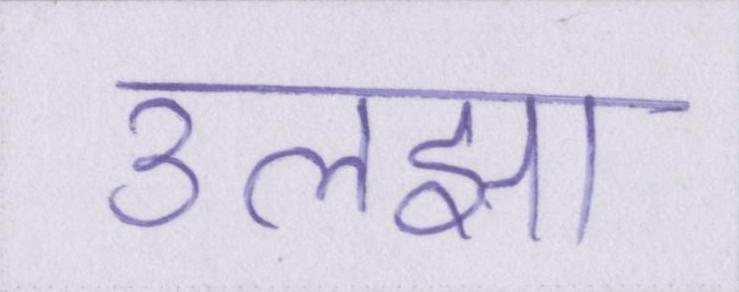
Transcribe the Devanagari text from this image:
उलझा